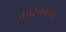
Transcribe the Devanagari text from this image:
कारकांचा